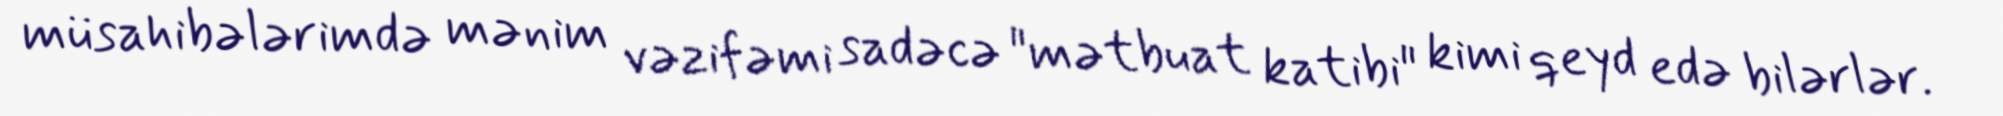
müsahibələrimdə mənim vəzifəmi sadəcə "mətbuat katibi" kimi qeyd edə bilərlər.